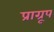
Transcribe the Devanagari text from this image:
प्राग्रूप